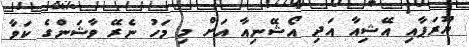
ޔޫރަޕާއި އޭޝިއާ އަދި އޯޝޭނިއާ އަށް މި މަހު ނެރޭ ވާޝަންގެ ކަވާ